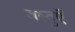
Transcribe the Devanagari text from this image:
वस्तुऍँ